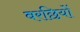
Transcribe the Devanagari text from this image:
बरछियों